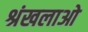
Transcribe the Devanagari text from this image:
श्रंखलाओ